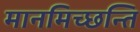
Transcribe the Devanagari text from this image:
मानमिच्छन्ति